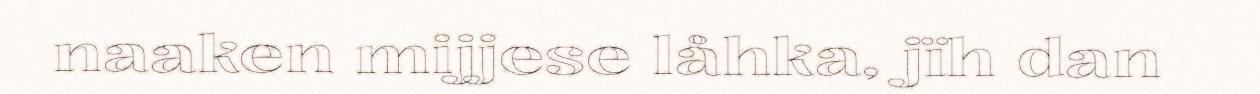
naaken mijjese låhka, jïh dan